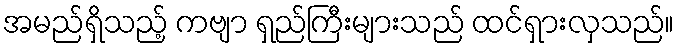
အမည်ရှိသည့် ကဗျာ ရှည်ကြီးများသည် ထင်ရှားလှသည်။